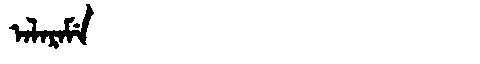
Manchu: ᠠᠯᠠᡵᠠᠮᡝ
Romanization: ALARAME